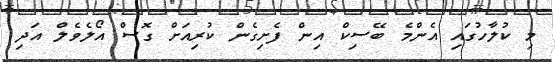
މި ކުލާހުގައި އެންމެ ބޭސިކް އިން ފެށިގެން ކުރިއަށް ގޮސް އޯލެވެލް އަދި